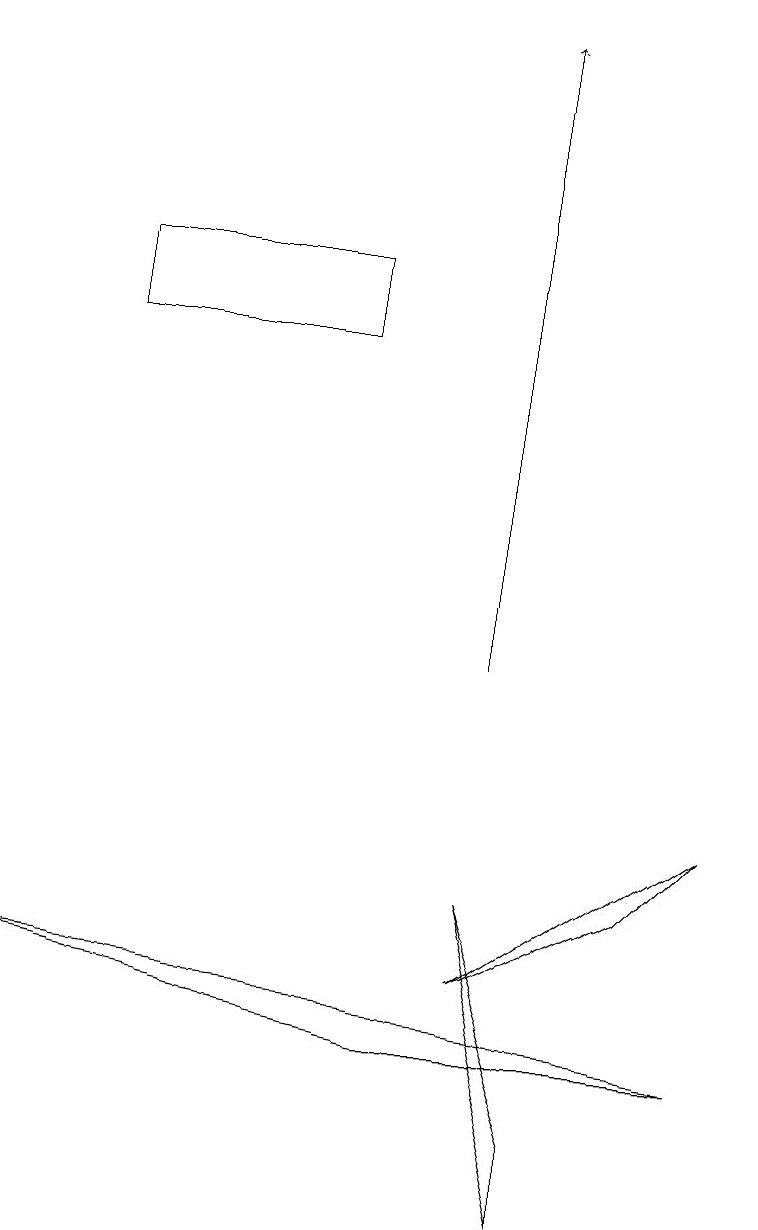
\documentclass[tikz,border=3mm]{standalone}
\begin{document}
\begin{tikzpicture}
\draw (9,8) -- (6,6) -- (8,7) -- cycle;
\draw[->] (6,10) -- (6,18);
\draw (7,3) -- (6,7) -- (7,4) -- cycle;
\draw (0,6) -- (9,5) -- (5,5) -- cycle;
\draw (4,15) rectangle (1,14);
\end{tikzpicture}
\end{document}